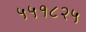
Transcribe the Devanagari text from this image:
५५१८२५